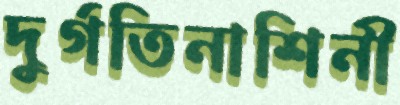
দুর্গতিনাশিনী